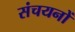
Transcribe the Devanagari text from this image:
संचयनों